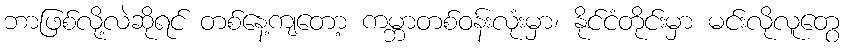
ဘာဖြစ်လို့လဲဆိုရင် တစ်နေ့ကျတော့ ကမ္ဘာတစ်ဝန်းလုံးမှာ၊ နိုင်ငံတိုင်းမှာ မင်းလိုလူတွေ